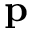
\bf p